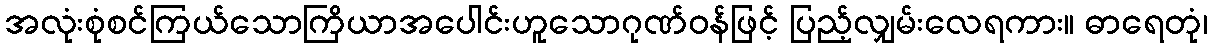
အလုံးစုံစင်ကြယ်သောကြိယာအပေါင်းဟူသောဂုဏ်ဝန်ဖြင့် ပြည့်လျှမ်းလေရကား။ ဓာရေတုံ၊